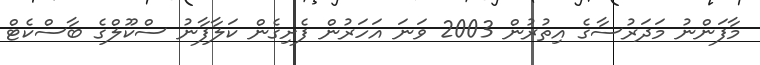
މާފަންނު މަދަރުސާގެ އިތުރުން 2003 ވަނަ އަހަރުން ފެށިގެން ކަލާފާނު ސްކޫލްގެ ބާސްކެޓް